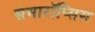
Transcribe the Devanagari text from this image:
समारॉप्सिस